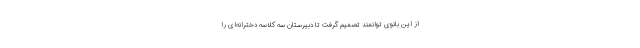
از این بانوی توانمند تصمیم گرفت تا دبیرستان سه کلاسه دخترانه‌ای را